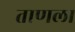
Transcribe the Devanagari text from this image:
ताणला